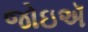
જોઇઍ